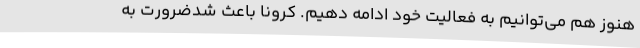
هنوز هم می‌توانیم به فعالیت خود ادامه دهیم. کرونا باعث شدضرورت به